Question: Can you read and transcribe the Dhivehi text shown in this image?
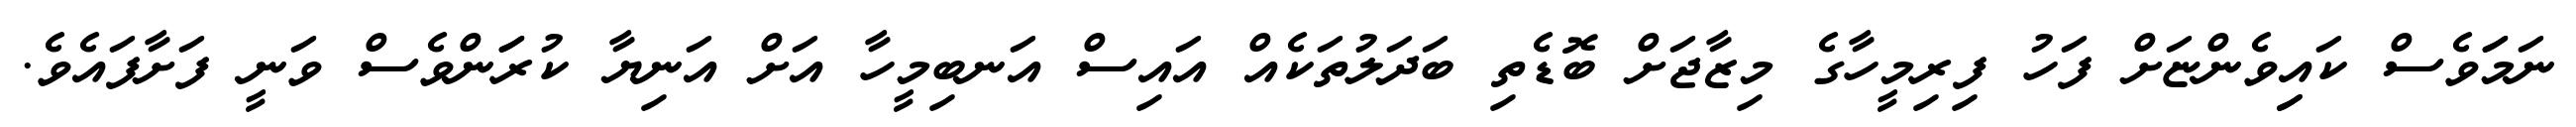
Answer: ނަމަަވެސް ކައިިވެންޏަށް ފަހު ފިރިމީހާގެ މިޒާޖަށް ބޮޑެތި ބަދަލުތަކެއް އައިސް އަނބިމީހާ އަށް އަނިޔާ ކުރަަންވެސް ވަނީ ފަށާފައެވެ.